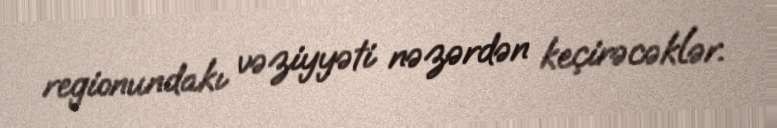
regionundakı vəziyyəti nəzərdən keçirəcəklər.